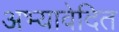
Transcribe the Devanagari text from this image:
अभ्यावेदित